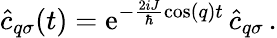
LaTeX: \hat{c}_{q\sigma}(t)=\mathrm{e}^{-\frac{2iJ}{\hbar}\cos(q)t}\, \hat{c}_{q\sigma}\, .